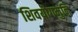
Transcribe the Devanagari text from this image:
शिवयोगमुनि